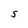
Character: S